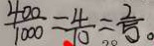
\frac { 4 0 0 } { 1 0 0 0 } = \frac { 4 } { 1 0 } = \frac { 2 } { 5 } 。